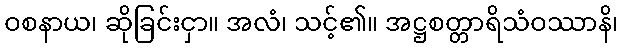
ဝစနာယ၊ ဆိုခြင်းငှာ။ အလံ၊ သင့်၏။ အဋ္ဌစတ္တာရိသံဝဿာနိ၊